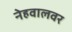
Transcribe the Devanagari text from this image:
नेहवालवर